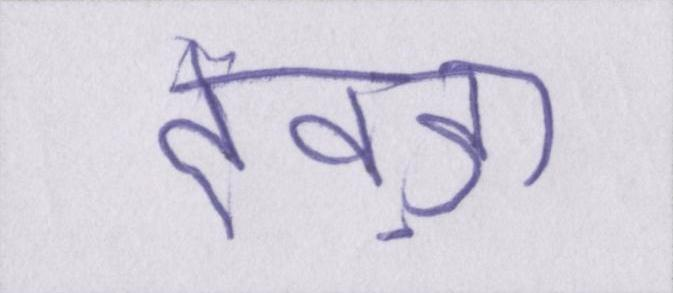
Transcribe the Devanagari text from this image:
देवड़ा